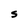
Character: S